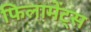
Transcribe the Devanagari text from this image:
फिलामेंट्स